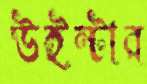
উইন্টার